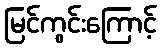
မြင်ကွင်းကြောင့်